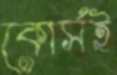
কোর্সই